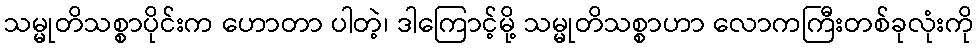
သမ္မုတိသစ္စာပိုင်းက ဟောတာ ပါတဲ့၊ ဒါကြောင့်မို့ သမ္မုတိသစ္စာဟာ လောကကြီးတစ်ခုလုံးကို